Annual statistical returns and brief notes on vaccination in Bengal - 1887-1898
Year: 1887
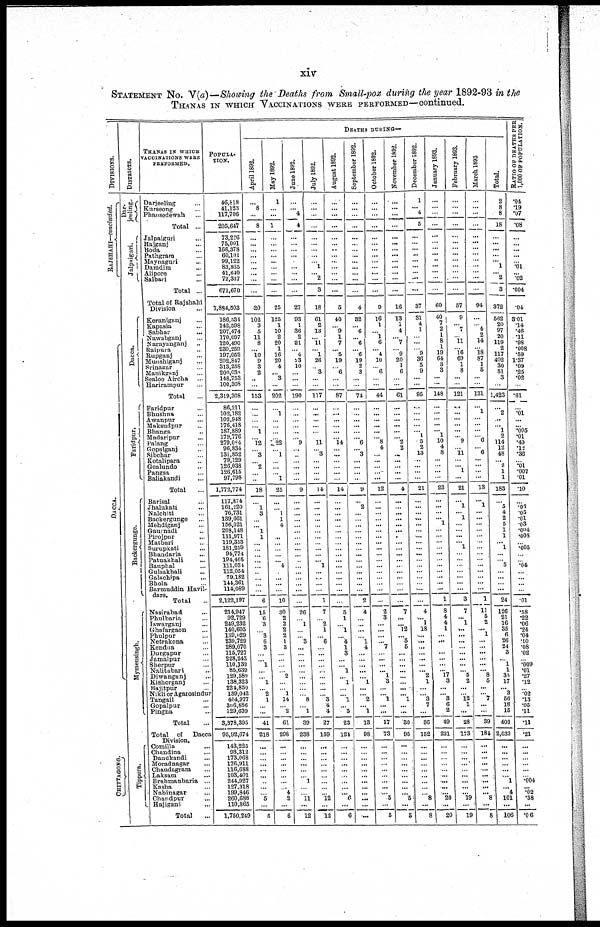
xiv
STATEMENT No. V(a)—Showing the Deaths from Small-pox during the year 1892-93 in the
THANAS IN WHICH VACCINATIONS WERE PERFORMED—continued.
DIVISIONS.
RAJSHAHI—concluded.
DACCA.
CHITTAGONG.
DISTRICTS.
Jalpaiguri.
Dacca.
Faridpur.
Backergunge.
Mymensingh.
Tippera.
THANAS IN WHICH
VACCINATIONS WERE
PERFORMED.
Darjeeling ...
Kurseong ...
Phansedewah ...
Total ...
Jalpaiguri ...
Rajganj ...
Boda ...
Pathgram ...
Mnynaguri ...
Damdim ...
Alipore ...
Salbari ...
Total ...
Total of Rajshahi
Division ...
Keraniganj ...
Kapasia ...
Sabhar
...
Nawabganj ...
Narayanganj ...
Raipura ...
Rupganj ...
Munshiganj ...
Srinagar ...
Manikganj ...
Sealoo Aircha ...
Harirampur ...
Total ...
Faridpur ...
Bhushna ...
Awanpur ...
Maksudpur ...
Bhanga ...
Madaripur ...
Palang ...
Gopalganj ...
Sibchar ...
Kotalipara ...
Goalundo ...
Pangsa ...
Baliakandi ...
Total ...
Barisal ...
Jhalukati ...
Nalchiti ...
Backergunge ...
Mehdiganj ...
Gaurnadi ...
Pirojpur ...
Matbari ...
Surupkati ...
Bbandaria ...
Patuakhali ...
Bauphal ...
Gulsakhali ...
Galachipa ...
Bhola ...
Barmuddin Havil¬
dars.
Total ...
Nasirabad ...
Phulbaria ...
Iswarganj ...
Ghafargaon ...
Phulpur ...
Netrakona ...
Kendua ...
Durgapur ...
Jamalpur ...
Sherpur ...
Nalitabari ...
Diwanganj ...
Kishorganj ...
Rajitpur ...
Nikli or Agarosindur
Tangail ...
Gopalpur ...
Pingna ...
Total ...
Total
of
Dacca
Division.
Comilla
...
Dhandina ...
Daudkandi ...
Moradnagar ...
Chaudagram ...
Laksam
...
Brahmanbaria ...
Kasba ...
Nabinagar ...
Chandpur ...
Hajiganj ...
Total ...
POPULA¬
TION.
46,818
41,123
117,706
205,647
73,226
75,001
166,378
60,101
99,122
83,865
41,640
72,337
671,670
7,884,503
186,534
142,598
207,474
170,697
120,490
239,259
197,052
292,847
313,258
200,038
148,753
100,308
2,319,308
86,211
102,182
102,948
176,418
187,889
179,776
279,084
96,834
131,852
79,129
126,033
126,615
97,798
1,772,774
117,874
161,220
76,731
139,661
156,021
208,148
111,971
119,353
181,259
94,774
194,465
111,034
112,054
79,182
144,361
114,089
2,122,197
214,947
92,729
249,232
140,605
139,629
239,729
289,070
115,727
228,243
110,139
85,639
129,589
138,323
224,850
139,042
404,977
306,886
129,639
3,378,395
95,92,674
143,225
93,312
173,068
176,911
116,688
103,401
244,927
127,318
199,846
260,688
110,865
1,750,249
DEATHS DURING—
April 1892.
...
8
...
8
...
...
...
...
...
...
...
...
...
20
102
3
5
11
8
... 10
9
3
2
...
...
153
...
...
...
...
1
...
12
...
3
...
2
...
...
18
...
1
3
...
...
1
1
...
...
...
...
...
...
...
...
...
6
15
6
3
...
3
6
3
...
...
1
...
...
1
...
2
1
...
...
41
218
...
...
...
...
...
...
...
...
...
5
...
5
May 1892.
1
...
...
1
...
...
...
...
...
...
...
...
...
25
125
1
10
2
20
1
16
20
4
...
3
...
202
...
1
...
...
...
...
22
...
1
...
...
...
1
25
...
...
1
1
4
...
... ...
...
...
... 4
...
...
...
...
10
30
2
2
2
2
1
3
...
...
...
...
2
...
...
1
14
...
2
61
298
...
...
...
...
...
...
...
...
4
2
...
6
June 1892.
...
...
4
4
...
...
...
...
...
...
...
...
...
27
93
1
36
2
21
...
4
23
10
...
...
...
190
...
...
...
...
...
...
9
...
...
...
...
...
...
9
...
...
...
...
...
...
...
...
...
...
...
...
...
...
...
...
...
26
...
1
...
...
3
...
...
...
...
...
...
...
...
...
8
...
1
39
238
...
...
...
...
...
...
1
...
...
11
...
12
July 1892.
...
...
...
...
...
...
...
...
...
1
...
2
3
18
61
2
13
...
11
...
1
26
...
3
...
...
117
...
...
...
...
...
...
11
...
3
...
...
...
...
14
...
...
...
...
...
...
...
...
...
...
...
1
...
...
...
...
1
7
...
2
1
...
6
...
...
...
...
...
...
...
...
...
3
4
4
27
159
...
...
...
...
...
...
...
...
...
12
...
12
August 1892.
...
...
...
...
...
...
...
...
...
...
...
...
...
5
40
...
9
1
7
... 5
19
...
6
...
...
87
...
...
...
...
...
...
14
...
...
...
...
...
...
14
...
...
...
...
...
...
...
...
...
...
...
...
...
...
...
...
...
5
1
...
1
...
4
1
3
...
... 1
...
1
...
...
1
...
5
23
121
...
...
...
...
...
...
...
...
...
6
...
6
September 1892.
...
...
...
...
...
...
...
...
...
...
...
...
...
4
32
...
6
...
6
...
6
19
2
3
...
...
74
...
...
...
...
...
... 6
...
3
...
...
...
...
9
...
2
...
...
...
...
...
...
...
...
...
...
...
...
...
...
2
4
...
...
...
...
1
4
...
...
...
...
... 1
...
...
2
...
1
13
98
...
...
...
...
...
...
...
...
...
...
...
...
October 1892.
...
...
...
...
...
...
...
...
...
...
...
...
...
9
16
1
... 1
6
...
4
10
... 6
...
...
44
...
...
...
...
...
...
8
4
...
...
...
...
...
12
...
...
...
...
...
...
...
...
...
...
...
...
...
...
...
...
...
2
3
...
...
...
...
7
...
...
...
... 1
3
...
...
1
...
...
17
73
...
...
...
...
...
...
...
...
...
5
...
5
November 1892.
...
...
...
...
...
...
...
...
...
...
...
...
...
16
13
1
4
... 7
...
9
20
1
6
...
...
61
...
...
...
...
...
...
2
2
...
...
...
...
...
4
...
...
...
...
...
...
...
...
...
...
...
...
...
...
...
...
...
7
...
...
12
...
5
5
...
...
...
...
...
...
...
...
1
...
...
30
95
...
...
...
...
...
...
...
...
... 5
...
5
December 1892.
1
... 4
5
...
...
...
...
...
...
...
...
...
37
31
4
1
...
...
...
9
36
5
9
...
...
95
...
...
...
...
...
1
5
2
13
...
...
...
...
21
...
...
...
...
...
...
...
...
...
...
...
...
...
...
...
...
...
4
... 1
18
...
...
...
...
...
...
... 2
1
...
...
3
7
...
36
152
...
...
...
...
...
...
...
...
...
8
...
8
January 1893.
...
...
...
...
...
...
...
...
...
...
...
...
...
60
40
...
...
1
...
...
19
64
3
3
...
...
148
...
...
...
...
... 1
10
4
8
...
...
...
...
23
...
...
...
... 1
...
...
...
...
...
...
...
...
...
...
...
1
8
4
4
1
...
...
...
...
...
...
... 17
3
...
...
3
6
2
49
221
...
...
...
...
...
...
...
...
...
20
...
20
February 1893.
...
...
...
...
...
...
...
...
...
...
...
...
...
57
9
...
7
...
11
...
16
69
1
8
...
...
121
...
...
...
...
...
...
9
...
11
...
... 1
...
21
...
1
... 1
...
...
...
... 1
...
...
...
...
...
...
...
3
7
... 1
...
...
...
...
...
...
...
...
5
2
...
...
12
1
...
28
173
...
...
...
...
...
...
...
...
...
19
...
19
March 1893
...
...
...
...
...
...
...
...
...
...
...
...
...
94
...
...
4
2
...
...
18
87
1
5
...
...
131
...
1
...
...
...
...
...
...
6
...
...
...
...
13
...
1
...
...
...
...
...
...
...
...
...
...
...
...
...
...
1
11
5
2
... 1
...
...
...
...
...
... 8
5
...
...
7
...
...
39
184
...
...
...
...
... ...
...
...
...
8
...
8
Total.
2
8
8
18
...
...
...
...
... 1
...
2
3
372
562
20
97
20
119
2
117
402
30
51
3
...
1,423
...
2
...
...
1
2
114
12
48
...
2
1
1
183
...
5
4
2
5
1
1
...
1
...
...
5
...
...
...
...
24
126
21
16
35
6
26
24
3
...
1
1
35
17
...
3
56
18
15
403
2,033
...
...
...
...
...
...
1
...
4
101
...
106
RATIO OF DEATHS PER¬
1,000 OF POPULATION.
.04
.19
.07
.08
...
...
...
... ...
.01
...
.02
.004
.04
3.01
.14
.46
.11
.98
.008
.59
1.37
.09
.25
.02
...
.61
...
.01
...
...
.005
.01
.40
.12
.36
...
.01
.007
.01
.10
...
.03
.05
.01
.03
.004
.003
...
.005
...
...
.04
...
...
...
...
.01
.58
.22
.06
.24
.04
.10
.08
.02
...
.009
.01
.27
.12
...
.02
.13
.05
.11
.11
.21
...
...
...
...
...
...
.004
...
.02
.38
...
.06